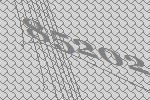
85202